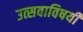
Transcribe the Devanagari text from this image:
उत्सवाविषयी